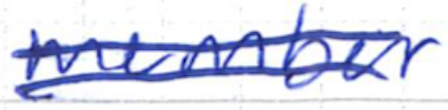
Text: member
Cross-out: double-line
Writing tool: ballpoint